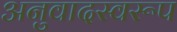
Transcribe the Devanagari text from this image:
अनुवादस्वरूप